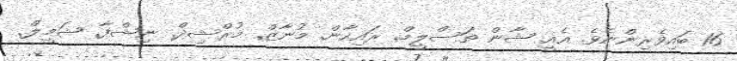
16 ބައިވެރިންނެވެ. އެއީ ޝާން ތަސްލީމް